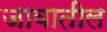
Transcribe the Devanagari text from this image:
जावातील